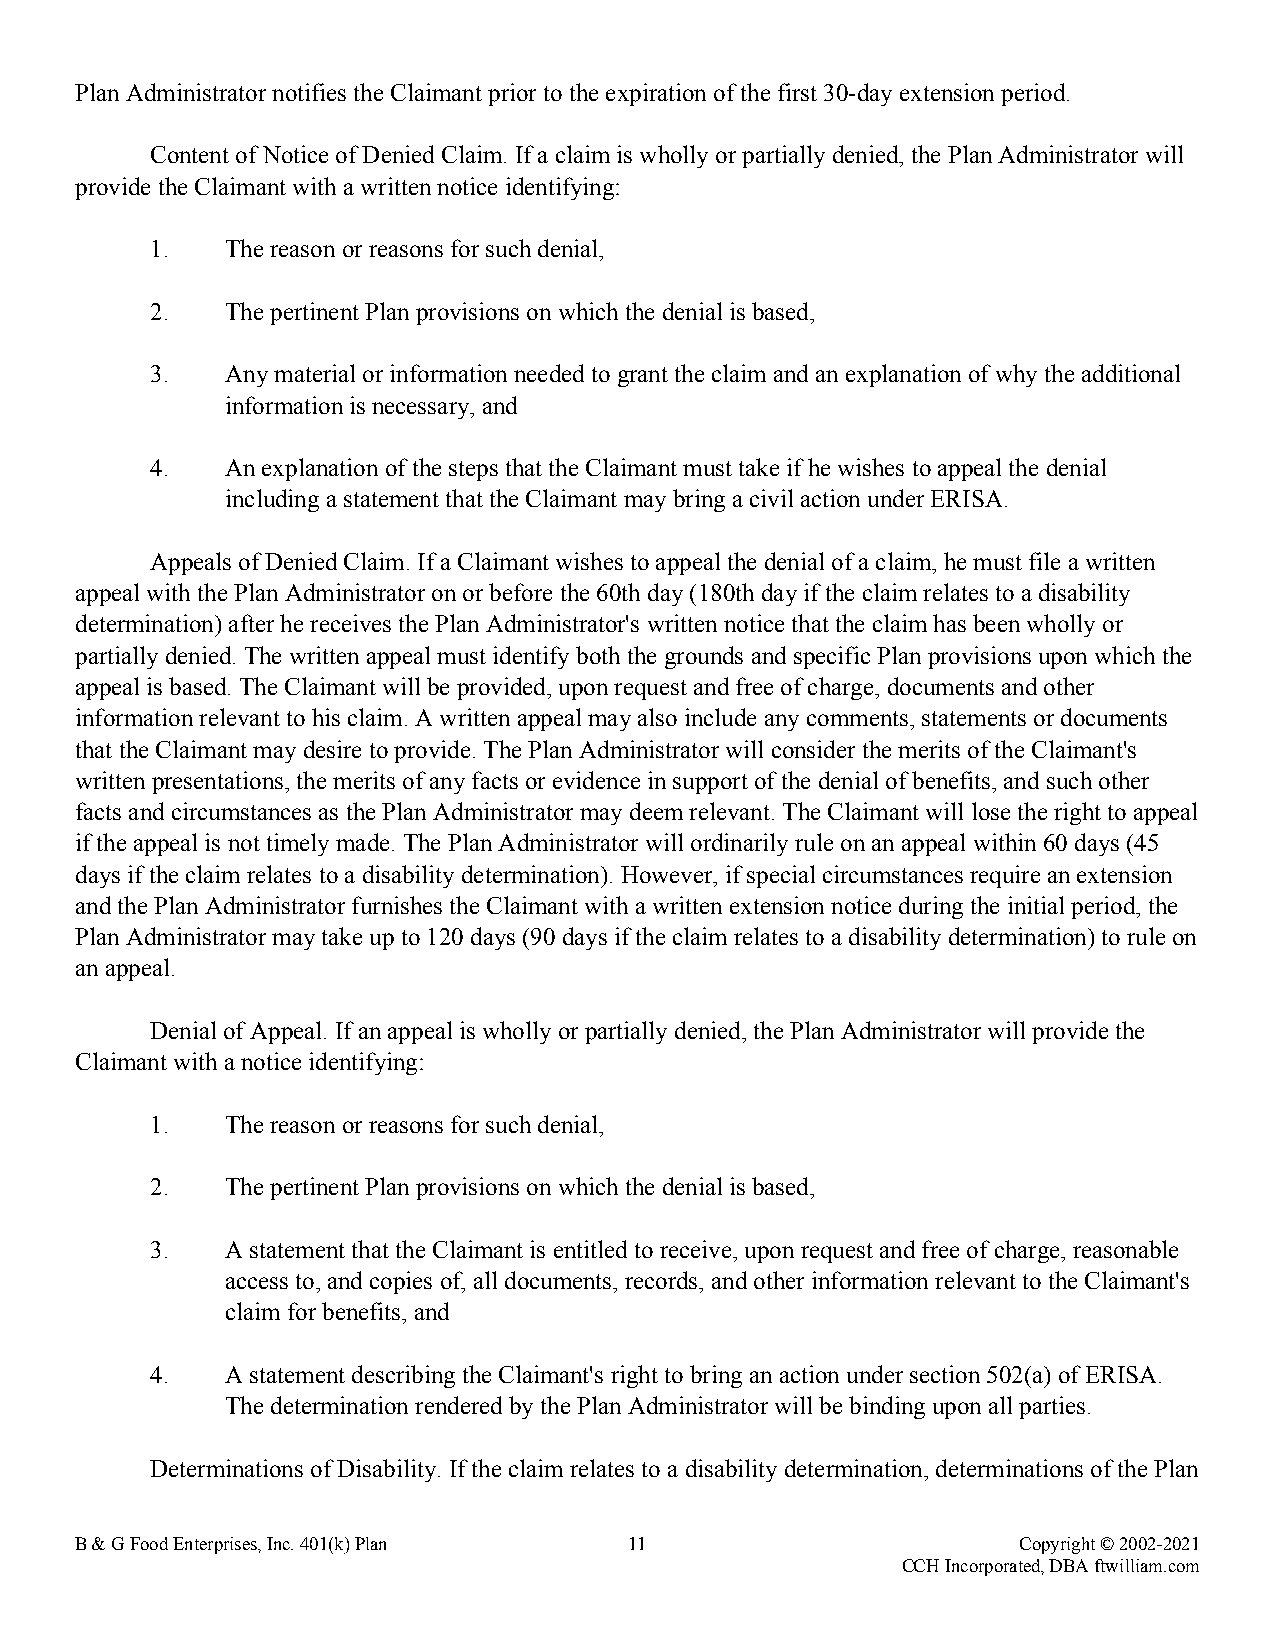
Plan Administrator notifies the Claimant prior to the expiration of the first 30-day extension period.
 Content of Notice of Denied Claim. If a claim is wholly or partially denied, the Plan Administrator will
 provide the Claimant with a written notice identifying:
 1.   The reason or reasons for such denial,
 2.   The pertinent Plan provisions on which the denial is based,
 3.   Any material or information needed to grant the claim and an explanation of why the additional
 information is necessary, and
 4.   An explanation of the steps that the Claimant must take if he wishes to appeal the denial
 including a statement that the Claimant may bring a civil action under ERISA.
 Appeals of Denied Claim. If a Claimant wishes to appeal the denial of a claim, he must file a written
 appeal with the Plan Administrator on or before the 60th day (180th day if the claim relates to a disability
 determination) after he receives the Plan Administrator's written notice that the claim has been wholly or
 partially denied. The written appeal must identify both the grounds and specific Plan provisions upon which the
 appeal is based. The Claimant will be provided, upon request and free of charge, documents and other
 information relevant to his claim. A written appeal may also include any comments, statements or documents
 that the Claimant may desire to provide. The Plan Administrator will consider the merits of the Claimant's
 written presentations, the merits of any facts or evidence in support of the denial of benefits, and such other
 facts and circumstances as the Plan Administrator may deem relevant. The Claimant will lose the right to appeal
 if the appeal is not timely made. The Plan Administrator will ordinarily rule on an appeal within 60 days (45
 days if the claim relates to a disability determination). However, if special circumstances require an extension
 and the Plan Administrator furnishes the Claimant with a written extension notice during the initial period, the
 Plan Administrator may take up to 120 days (90 days if the claim relates to a disability determination) to rule on
 an appeal.
 Denial of Appeal. If an appeal is wholly or partially denied, the Plan Administrator will provide the
 Claimant with a notice identifying:
 1.   The reason or reasons for such denial,
 2.   The pertinent Plan provisions on which the denial is based,
 3.   A statement that the Claimant is entitled to receive, upon request and free of charge, reasonable
 access to, and copies of, all documents, records, and other information relevant to the Claimant's
 claim for benefits, and
 4.   A statement describing the Claimant's right to bring an action under section 502(a) of ERISA.
 The determination rendered by the Plan Administrator will be binding upon all parties.
 Determinations of Disability. If the claim relates to a disability determination, determinations of the Plan
 B & G Food Enterprises, Inc. 401(k) Plan 11                   Copyright © 2002-2021
 CCH Incorporated, DBA ftwilliam.com